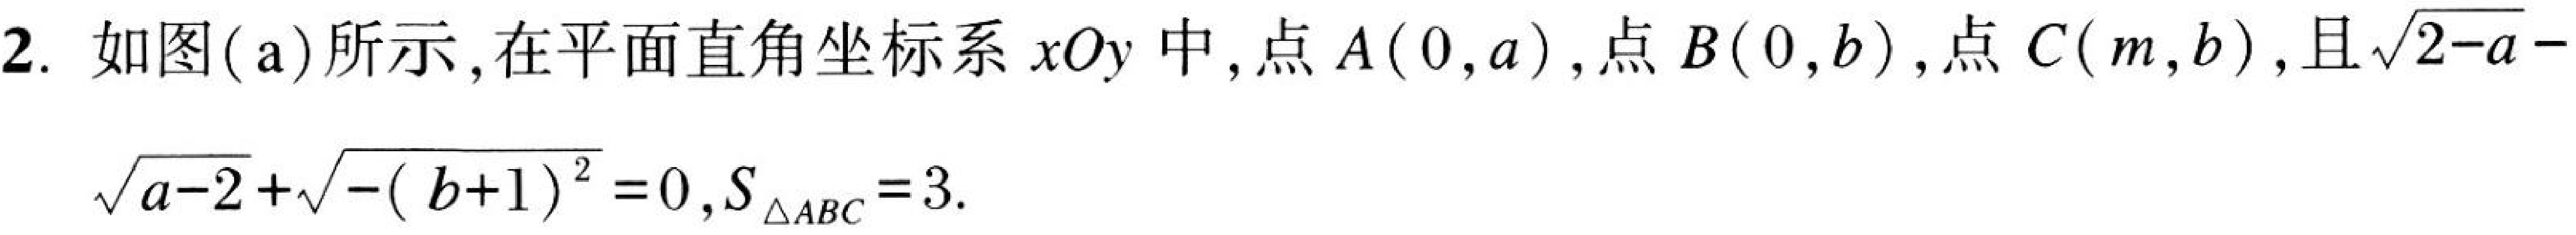
2. 如图(a)所示, 在平面直角坐标系 \(xOy\) 中, 点 \(A(0,a)\), 点 \(B(0,b)\), 点 \(C(m,b)\), 且\(\sqrt{2 - a}-
\sqrt{a - 2}+\sqrt{-(b + 1)^{2}}=0,S_{\triangle ABC}=3\).